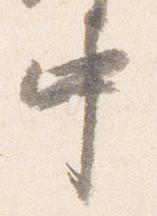
中